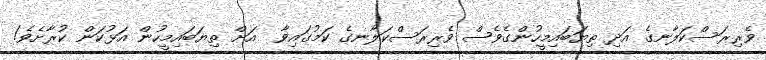
ވެރިރަސްކަލާނގެ އަދި ތިޔަބައިމީހުންގެވެސް ވެރިރަސްކަލާނގެ ކަމުގައިވާ  އަށް ތިޔަބައިމީހުން އަޅުކަން ކުރާށެވެ!